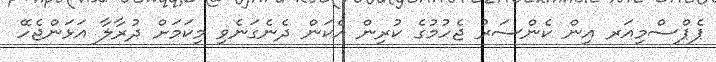
ޕެޕްސްމިއަރ އިން ކެންސަރު ޖެހުމުގެ ކުރިން އެކަން ދެނެގަނެވި މިކަމަށް ދުރާލާ އަޅަންޖެހޭ